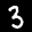
Label: 3